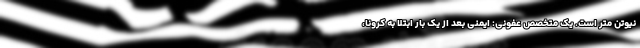
نیوتن متر است. یک متخصص عفونی: ایمنی بعد از یک بار ابتلا به کرونا،